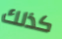
كذلك